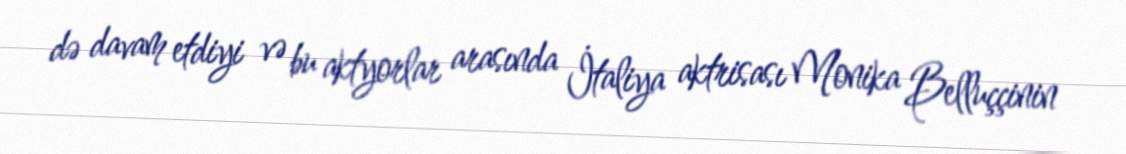
də davam etdiyi və bu aktyorlar arasında İtaliya aktrisası Monika Belluççinin